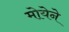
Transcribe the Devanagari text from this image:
मोयेने